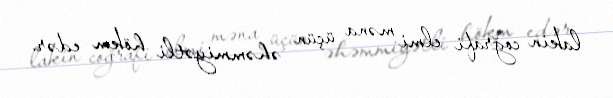
lakin coğrafi elmi məna üçün əhəmmiyətli hökm edər.